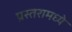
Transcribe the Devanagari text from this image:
प्रस्तरामध्ये